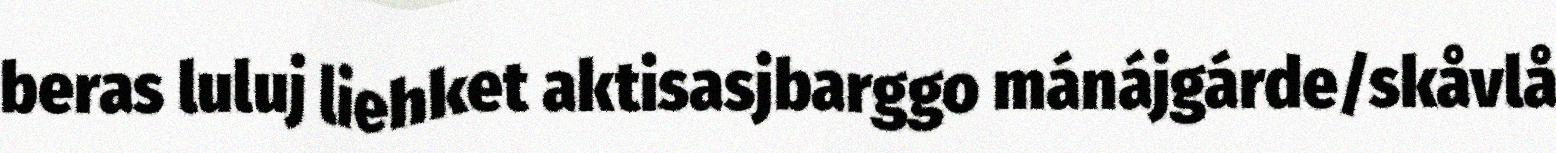
beras luluj liehket aktisasjbarggo mánájgárde/skåvlå